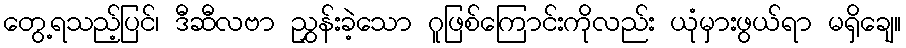
တွေ့ရသည့်ပြင်၊ ဒီဆီလဗာ ညွှန်းခဲ့သော ဂူဖြစ်ကြောင်းကိုလည်း ယုံမှားဖွယ်ရာ မရှိချေ။